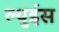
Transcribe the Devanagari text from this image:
ल्युईस